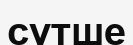
сүтше